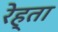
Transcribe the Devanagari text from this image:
रेह्ता